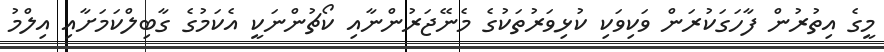
މީގެ އިތުރުން ފާހަގަކުރަން ވަކިވަކި ކުޅިވަރުތަކުގެ މެނޭޖަރުންނާއި ކޯޗުންނަކީ އެކަމުގެ ގާބިލްކަމަށާއި އިލްމު